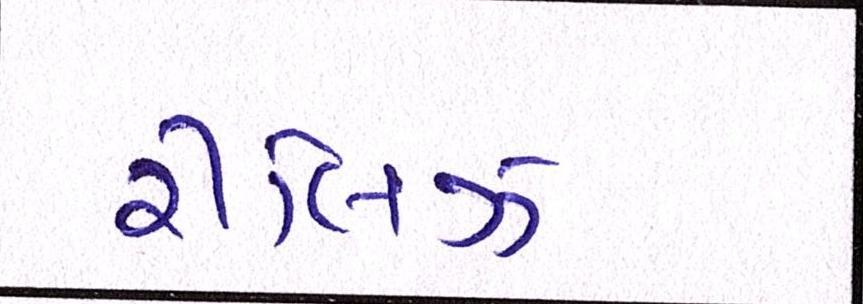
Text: રીલિઝ